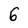
Character: 6